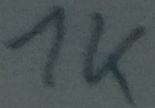
Text: 1K